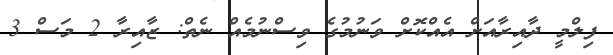
ފިލްމީ ދާއިރާއަށް އެއްކޮށް ވަނުމުގެ ވިސްނުމެއް ނެތް: ޒާއިރާ 2 މަސް 3